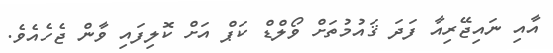
އާއި ނައިޖޭރިއާ ފަދަ ޤައުމުތަށް ވޯލްޑް ކަޕް އަށް ކޮލިފައި ވާން ޖެހެއެވެ.